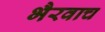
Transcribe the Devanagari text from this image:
भैरवाच